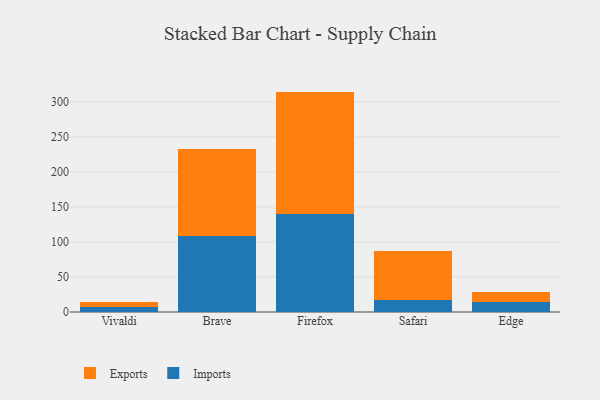
{"axis": {"x": "Browser", "y": "Waste Production (Tons)"}, "legend": ["Exports", "Imports"], "data": [{"x": "Vivaldi", "y": 7.5, "type": "Imports"}, {"x": "Vivaldi", "y": 6.8, "type": "Exports"}, {"x": "Brave", "y": 108.1, "type": "Imports"}, {"x": "Brave", "y": 125.4, "type": "Exports"}, {"x": "Firefox", "y": 140.1, "type": "Imports"}, {"x": "Firefox", "y": 174.7, "type": "Exports"}, {"x": "Safari", "y": 17.5, "type": "Imports"}, {"x": "Safari", "y": 69.2, "type": "Exports"}, {"x": "Edge", "y": 14.8, "type": "Imports"}, {"x": "Edge", "y": 14.3, "type": "Exports"}]}